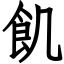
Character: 飢